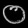
Digit: ၀